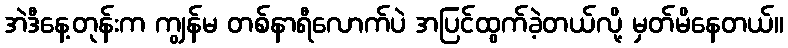
အဲဒီနေ့တုန်းက ကျွန်မ တစ်နာရီလောက်ပဲ အပြင်ထွက်ခဲ့တယ်လို့ မှတ်မိနေတယ်။